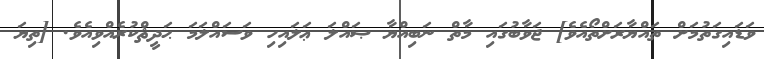
ވަޑައިގަތުމަށް ތައްޔާރަށްތޯއެވެ] ޖަވާބުގައި މާތް ނަބިއްޔާ ޞައްލަ ޢަލައިހި ވަސައްލަމަ ޙަދީޘްކުރެއްވިއެވެ. [ތިޔަ